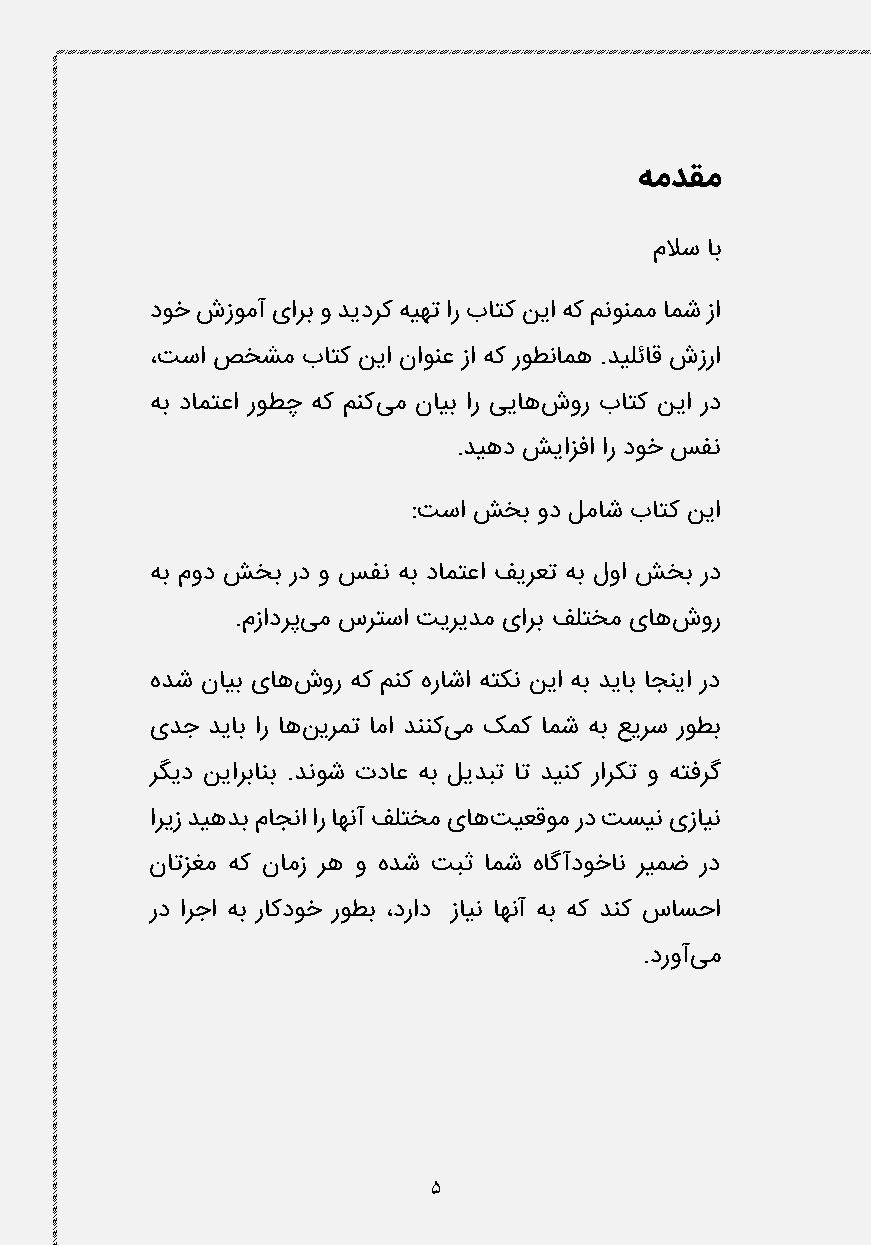
همدقم
 ملاس اب
 دوخ شزومآ یارب و دیدرک هیهت ار باتک نیا هک منونمم امش زا
 ،تسا صخشم باتک نیا ناونع زا هک روطنامه .دیلئاق شزرا
 هب دامتعا روطچ هک منکیم نایب ار ییاهشور باتک نیا رد
 .دیهد شیازفا ار دوخ سفن
 :تسا شخب ود لماش باتک نیا
 هب مود شخب رد و سفن هب دامتعا فیرعت هب لوا شخب رد
 .مزادرپیم سرتسا تیریدم یارب فلتخم یاهشور
 هدش نایب یاهشور هک منک هراشا هتکن نیا هب دیاب اجنیا رد
 یدج دیاب ار اهنیرمت اما دننکیم کمک امش هب عیرس روطب
 رگید نیاربانب .دنوش تداع هب لیدبت ات دینک رارکت و هتفرگ
 اریز دیهدب ماجنا ار اهنآ فلتخم یاهتیعقوم رد تسین یزاین
 ناتزغم هک نامز ره و هدش تبث امش هاگآدوخان ریمض رد
 رد ارجا هب راکدوخ روطب ،دراد زاین اهنآ هب هک دنک ساسحا
 .دروآیم
 5